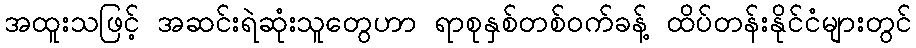
အထူးသဖြင့် အဆင်းရဲဆုံးသူတွေဟာ ရာစုနှစ်တစ်ဝက်ခန့် ထိပ်တန်းနိုင်ငံများတွင်